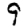
Digit: 9